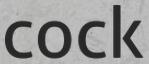
COCK